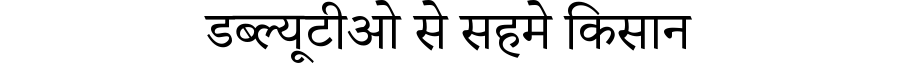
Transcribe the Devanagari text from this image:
डब्ल्यूटीओ से सहमे किसान